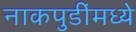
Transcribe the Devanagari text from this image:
नाकपुडींमध्ये